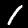
Label: 1